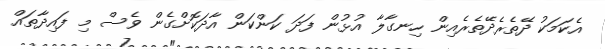
އެކަމަކު ދޭތެރެދޭތެރެއިން ހިނގާލާ އުޅުން ފަދަ ކަންކަން އާދަކޮށްގެން ވެސް މި ފައިދާތައް